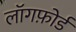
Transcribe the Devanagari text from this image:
लॉगफ़ोर्ड